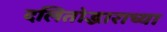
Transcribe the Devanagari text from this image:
दलितोद्धाराच्या